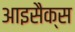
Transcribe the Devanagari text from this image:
आइसैक्स